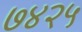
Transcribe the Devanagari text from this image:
७४२५